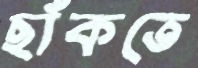
ছাঁকতে